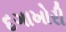
દગાખોરી